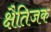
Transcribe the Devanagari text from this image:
क्षैतिजक